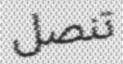
تنصل